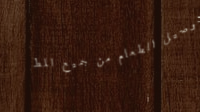
توصيل الطعام من جميع المط